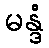
မန္ဒံ